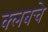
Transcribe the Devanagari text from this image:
क्‍लबचे